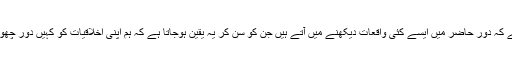
واضح رہے کہ دور حاضر میں ایسے کئی واقعات دیکھنے میں آتے ہیں جن کو سُن کر یہ یقین ہوجاتا ہے کہ ہم اپنی اخلاقیات کو کہیں دور چھوڑ آئے ہیں۔